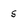
Character: 5